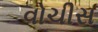
વોચીસ